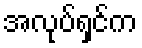
အလုပ်ရှင်က